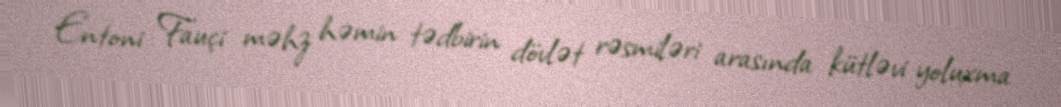
Entoni Fauçi məhz həmin tədbirin dövlət rəsmiləri arasında kütləvi yoluxma